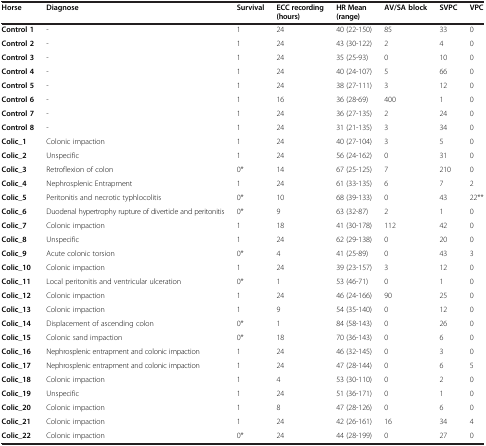
<table><thead><tr><td><b>Horse</b></td><td><b>Diagnose</b></td><td><b>Survival</b></td><td><b>ECC recording (hours)</b></td><td><b>HR Mean (range)</b></td><td><b>AV/SA block</b></td><td><b>SVPC</b></td><td><b>VPC</b></td></tr></thead><tbody><tr><td><b>Control 1</b></td><td>-</td><td>1</td><td>24</td><td>40 (22-150)</td><td>85</td><td>33</td><td>0</td></tr><tr><td><b>Control 2</b></td><td>-</td><td>1</td><td>24</td><td>43 (30-122)</td><td>2</td><td>4</td><td>0</td></tr><tr><td><b>Control 3</b></td><td>-</td><td>1</td><td>24</td><td>35 (25-93)</td><td>0</td><td>10</td><td>0</td></tr><tr><td><b>Control 4</b></td><td>-</td><td>1</td><td>24</td><td>40 (24-107)</td><td>5</td><td>66</td><td>0</td></tr><tr><td><b>Control 5</b></td><td>-</td><td>1</td><td>24</td><td>38 (27-111)</td><td>3</td><td>12</td><td>0</td></tr><tr><td><b>Control 6</b></td><td>-</td><td>1</td><td>16</td><td>36 (28-69)</td><td>400</td><td>1</td><td>0</td></tr><tr><td><b>Control 7</b></td><td>-</td><td>1</td><td>24</td><td>36 (27-135)</td><td>2</td><td>24</td><td>0</td></tr><tr><td><b>Control 8</b></td><td>-</td><td>1</td><td>24</td><td>31 (21-135)</td><td>3</td><td>34</td><td>0</td></tr><tr><td><b>Colic_1</b></td><td>Colonic impaction</td><td>1</td><td>24</td><td>40 (27-104)</td><td>3</td><td>5</td><td>0</td></tr><tr><td><b>Colic_2</b></td><td>Unspecific</td><td>1</td><td>24</td><td>56 (24-162)</td><td>0</td><td>31</td><td>0</td></tr><tr><td><b>Colic_3</b></td><td>Retroflexion of colon</td><td>0*</td><td>14</td><td>67 (25-125)</td><td>7</td><td>210</td><td>0</td></tr><tr><td><b>Colic_4</b></td><td>Nephrosplenic Entrapment</td><td>1</td><td>24</td><td>61 (33-135)</td><td>6</td><td>7</td><td>2</td></tr><tr><td><b>Colic_5</b></td><td>Peritonitis and necrotic typhlocolitis</td><td>0*</td><td>10</td><td>68 (39-133)</td><td>0</td><td>43</td><td>22**</td></tr><tr><td><b>Colic_6</b></td><td>Duodenal hypertrophy rupture of diverticle and peritonitis</td><td>0*</td><td>9</td><td>63 (32-87)</td><td>2</td><td>1</td><td>0</td></tr><tr><td><b>Colic_7</b></td><td>Colonic impaction</td><td>1</td><td>18</td><td>41 (30-178)</td><td>112</td><td>42</td><td>0</td></tr><tr><td><b>Colic_8</b></td><td>Unspecific</td><td>1</td><td>24</td><td>62 (29-138)</td><td>0</td><td>20</td><td>0</td></tr><tr><td><b>Colic_9</b></td><td>Acute colonic torsion</td><td>0*</td><td>4</td><td>41 (25-89)</td><td>0</td><td>43</td><td>3</td></tr><tr><td><b>Colic_10</b></td><td>Colonic impaction</td><td>1</td><td>24</td><td>39 (23-157)</td><td>3</td><td>12</td><td>0</td></tr><tr><td><b>Colic_11</b></td><td>Local peritonitis and ventricular ulceration</td><td>0*</td><td>1</td><td>53 (46-71)</td><td>0</td><td>1</td><td>0</td></tr><tr><td><b>Colic_12</b></td><td>Colonic impaction</td><td>1</td><td>24</td><td>46 (24-166)</td><td>90</td><td>25</td><td>0</td></tr><tr><td><b>Colic_13</b></td><td>Colonic impaction</td><td>1</td><td>9</td><td>54 (35-140)</td><td>0</td><td>12</td><td>0</td></tr><tr><td><b>Colic_14</b></td><td>Displacement of ascending colon</td><td>0*</td><td>1</td><td>84 (58-143)</td><td>0</td><td>26</td><td>0</td></tr><tr><td><b>Colic_15</b></td><td>Colonic sand impaction</td><td>0*</td><td>18</td><td>70 (36-143)</td><td>0</td><td>6</td><td>0</td></tr><tr><td><b>Colic_16</b></td><td>Nephrosplenic entrapment and colonic impaction</td><td>1</td><td>24</td><td>46 (32-145)</td><td>0</td><td>3</td><td>0</td></tr><tr><td><b>Colic_17</b></td><td>Nephrosplenic entrapment and colonic impaction</td><td>1</td><td>24</td><td>47 (28-144)</td><td>0</td><td>6</td><td>5</td></tr><tr><td><b>Colic_18</b></td><td>Colonic impaction</td><td>1</td><td>4</td><td>53 (30-110)</td><td>0</td><td>2</td><td>0</td></tr><tr><td><b>Colic_19</b></td><td>Unspecific</td><td>1</td><td>24</td><td>51 (36-171)</td><td>0</td><td>1</td><td>0</td></tr><tr><td><b>Colic_20</b></td><td>Colonic impaction</td><td>1</td><td>8</td><td>47 (28-126)</td><td>0</td><td>6</td><td>0</td></tr><tr><td><b>Colic_21</b></td><td>Colonic impaction</td><td>1</td><td>24</td><td>42 (26-161)</td><td>16</td><td>34</td><td>4</td></tr><tr><td><b>Colic_22</b></td><td>Colonic impaction</td><td>0*</td><td>24</td><td>44 (28-199)</td><td>0</td><td>27</td><td>0</td></tr></tbody></table>